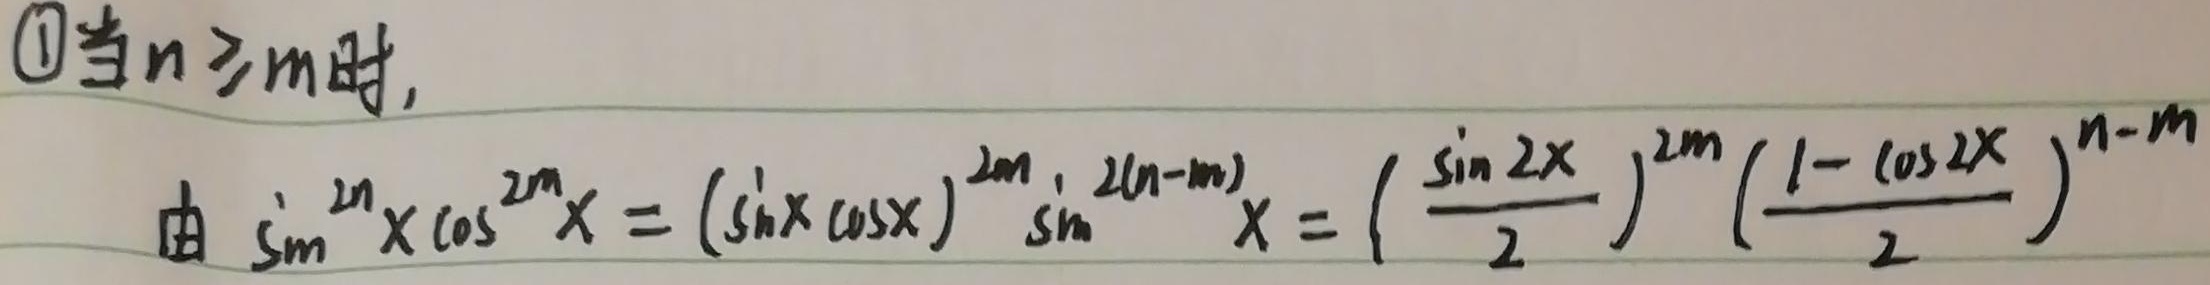
\textcircled{1}当\(n\geq m\)时，
由 \(\sin^{2n}x\cos^{2m}x = (\sin x\cos x)^{2m}\sin^{2(n - m)}x=\left(\frac{\sin 2x}{2}\right)^{2m}\left(\frac{1 - \cos 2x}{2}\right)^{n - m}\)